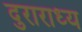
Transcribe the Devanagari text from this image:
दुराराध्य